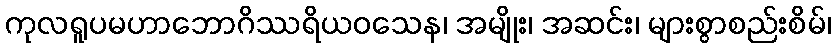
ကုလရူပမဟာဘောဂိဿရိယဝသေန၊ အမျိုး၊ အဆင်း၊ များစွာစည်းစိမ်၊